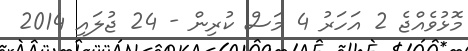
މޮޅުވެއްޖެ 2 އަހަރު 4 މަސް ކުރިން - 24 ޖުލައި 2014